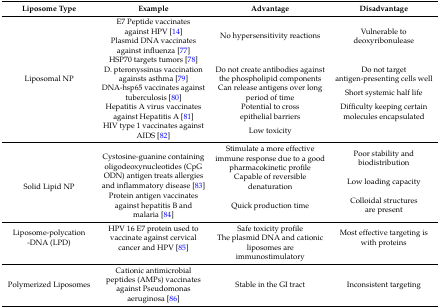
<table><thead><tr><td><b>Liposome Type</b></td><td><b>Example</b></td><td><b>Advantage</b></td><td><b>Disadvantage</b></td></tr></thead><tbody><tr><td rowspan="7">Liposomal NP</td><td>E7 Peptide vaccinates against HPV [14]</td><td rowspan="3">No hypersensitivity reactions</td><td rowspan="3">Vulnerable to deoxyribonulease</td></tr><tr><td>Plasmid DNA vaccinates against influenza [77]</td></tr><tr><td>HSP70 targets tumors [78]</td></tr><tr><td>D. pteronyssinus vaccination againsts asthma [79]</td><td>Do not create antibodies against the phospholipid components</td><td>Do not target antigen-presenting cells well</td></tr><tr><td>DNA-hsp65 vaccinates against tuberculosis [80]</td><td>Can release antigens over long period of time</td><td>Short systemic half life</td></tr><tr><td>Hepatitis A virus vaccinates against Hepatitis A [81]</td><td>Potential to cross epithelial barriers</td><td>Difficulty keeping certain molecules encapsulated</td></tr><tr><td>HIV type 1 vaccinates against AIDS [82]</td><td>Low toxicity</td><td></td></tr><tr><td rowspan="3">Solid Lipid NP</td><td rowspan="2">Cystosine-guanine containing oligodeoxynucleotides (CpG ODN) antigen treats allergies and inflammatory disease [83]</td><td>Stimulate a more effective immune response due to a good pharmacokinetic profile</td><td>Poor stability and biodistribution</td></tr><tr><td>Capable of reversible denaturation</td><td>Low loading capacity</td></tr><tr><td>Protein antigen vaccinates against hepatitis B and malaria [84]</td><td>Quick production time</td><td>Colloidal structures are present</td></tr><tr><td rowspan="2">Liposome-polycation-DNA (LPD)</td><td rowspan="2">HPV 16 E7 protein used to vaccinate against cervical cancer and HPV [85]</td><td>Safe toxicity profile</td><td rowspan="2">Most effective targeting is with proteins</td></tr><tr><td>The plasmid DNA and cationic liposomes are immunostimulatory</td></tr><tr><td>Polymerized Liposomes</td><td>Cationic antimicrobial peptides (AMPs) vaccinates against Pseudomonas aeruginosa [86]</td><td>Stable in the GI tract</td><td>Inconsistent targeting</td></tr></tbody></table>